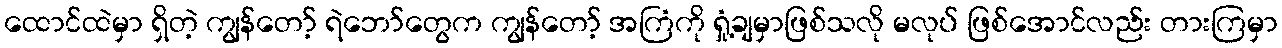
ထောင်ထဲမှာ ရှိတဲ့ ကျွန်တော့် ရဲဘော်တွေက ကျွန်တော့် အကြံကို ရှုံ့ချမှာဖြစ်သလို မလုပ် ဖြစ်အောင်လည်း တားကြမှာ